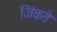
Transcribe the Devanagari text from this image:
जिंकते